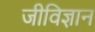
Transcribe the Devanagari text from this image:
जीविज्ञान